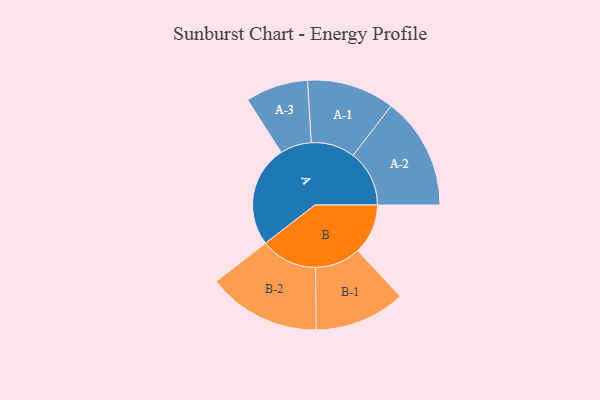
{"axis": {"x": "Segment", "y": "Value"}, "legend": ["", "A", "B"], "data": [{"x": "A", "y": 494, "type": ""}, {"x": "B", "y": 244, "type": ""}, {"x": "A-1", "y": 213, "type": "A"}, {"x": "A-2", "y": 273, "type": "A"}, {"x": "A-3", "y": 152, "type": "A"}, {"x": "B-1", "y": 221, "type": "B"}, {"x": "B-2", "y": 275, "type": "B"}]}